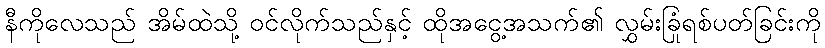
နီကိုလေသည် အိမ်ထဲသို့ ဝင်လိုက်သည်နှင့် ထိုအငွေ့အသက်၏ လွှမ်းခြုံရစ်ပတ်ခြင်းကို